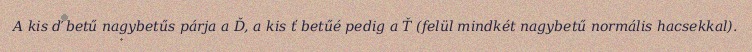
A kis ď betű nagybetűs párja a Ď, a kis ť betűé pedig a Ť (felül mindkét nagybetű normális hacsekkal).